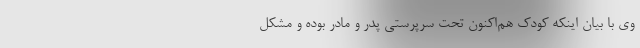
وی با بیان اینکه کودک هم‌اکنون تحت سرپرستی پدر و مادر بوده و مشکل